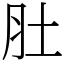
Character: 肚